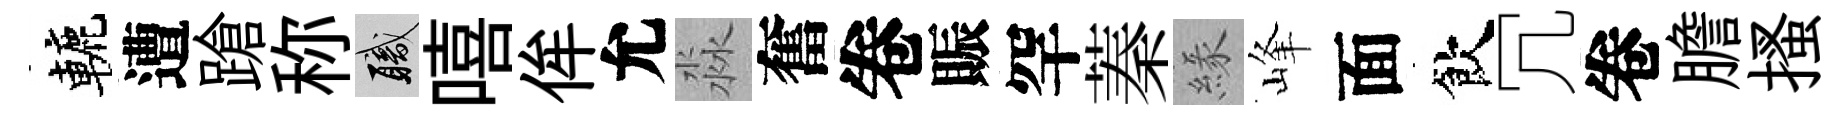
轆遭蹌称職嘻侔允淼奮卷賑罕蓁緣峰面飲冗卷膽搔